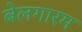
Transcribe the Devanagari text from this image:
बेलगारम